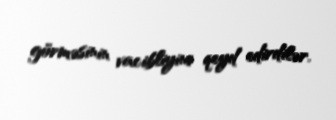
görməsinin vacibliyini qeyd edirdilər.